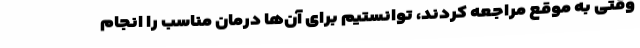
وقتی به موقع مراجعه کردند، توانستیم برای آن‌ها درمان مناسب را انجام